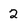
Character: 2